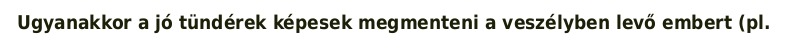
Ugyanakkor a jó tündérek képesek megmenteni a veszélyben levő embert (pl.